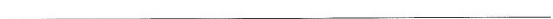
___